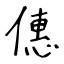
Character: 僡